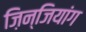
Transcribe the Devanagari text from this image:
ज़िन्जियांग